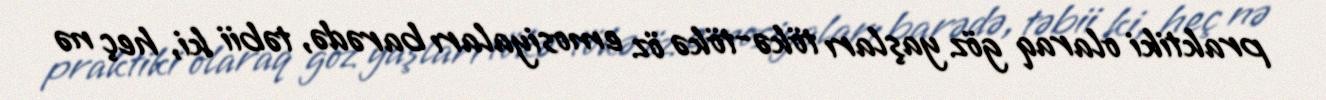
praktiki olaraq göz yaşları tökə-tökə öz emosiyaları barədə, təbii ki, heç nə